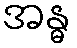
အန္ဓ